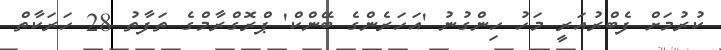
ކުރުމަށް ފެބްރުއަރީ މަހު ހިންގުނު 'އަހަރެންގެ ބޭންކް' ޕްރޮގްރާމްގެ ތަފާތު 28 ހަރަކާތް